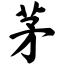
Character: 茅